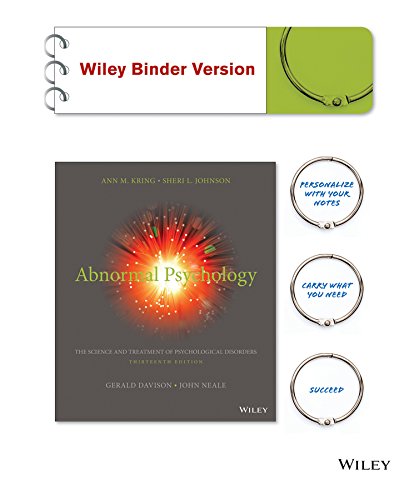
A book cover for Abnormal Psychology, Binder Ready Version; Ann M. Kring; Medical Books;